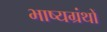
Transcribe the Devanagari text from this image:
भाष्यग्रंथों